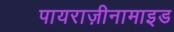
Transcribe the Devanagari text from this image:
पायराज़ीनामाइड